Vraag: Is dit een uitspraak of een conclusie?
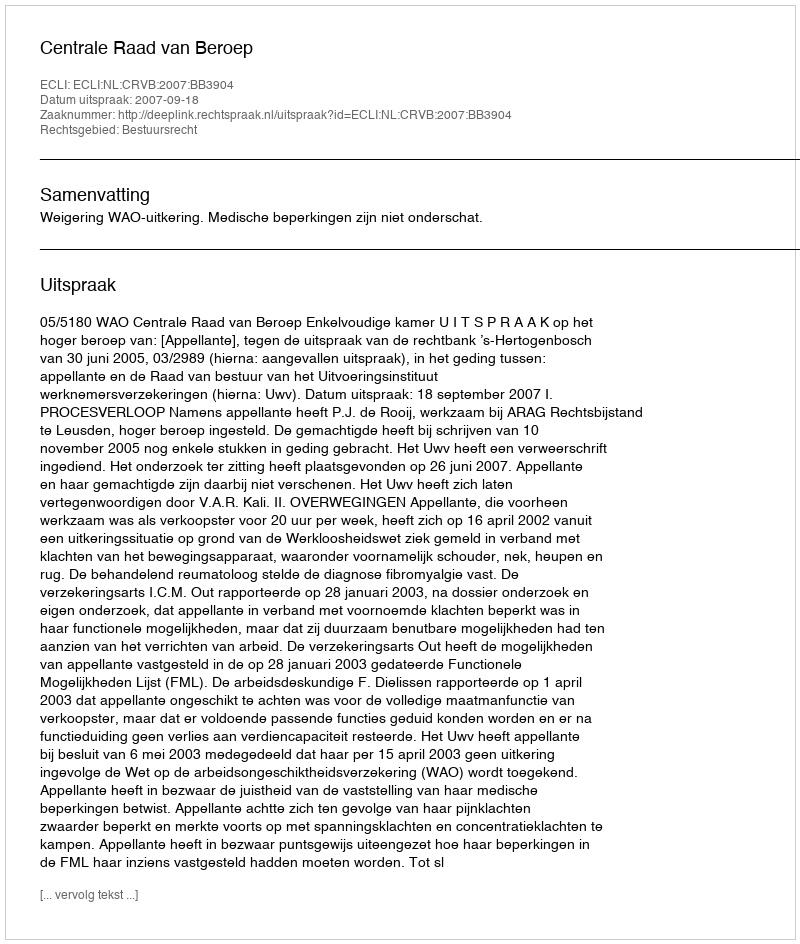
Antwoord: Uitspraak